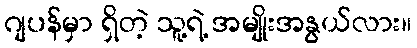
ဂျပန်မှာ ရှိတဲ့ သူ့ရဲ့ အမျိုးအနွယ်လား။